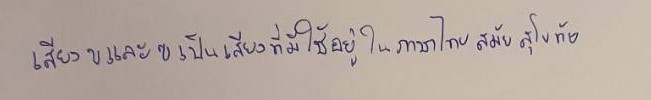
เสียงขและฃเป็นเสียงที่มีใช้อยู่ในภาษาไทยสมัยสุโขทัย